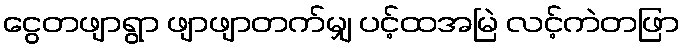
ငွေတဖျာရွာ ဖျာဖျာတက်မျှ ပင့်ထအမြဲ လင့်ကဲတဖြာ